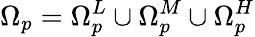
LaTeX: \Omega_{p}=\Omega_{p}^{L}\cup\Omega_{p}^{M}\cup\Omega_{p}^{H}